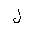
Letter: _lam